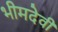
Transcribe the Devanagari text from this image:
भीमदेवी